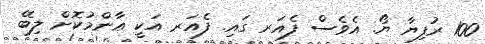
100 ރުފިޔާ ޔޯ. އެވެސް ފެއަރ ގައި. ފެއަރ އަކީ ޢާންމުކޮށް ލިބޭ